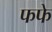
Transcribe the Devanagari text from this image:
फफे